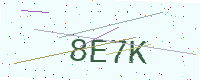
Text: 8E7K